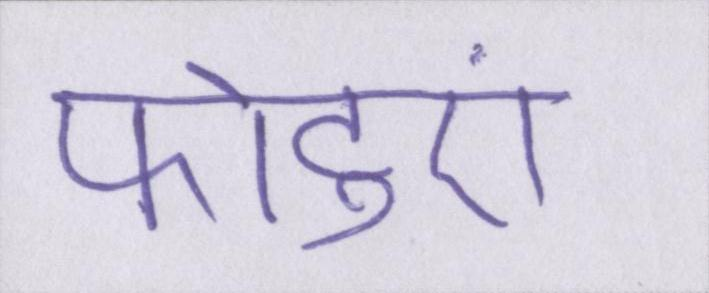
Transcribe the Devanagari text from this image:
फोटुएं